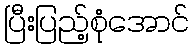
ပြီးပြည့်စုံအောင်